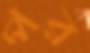
পর